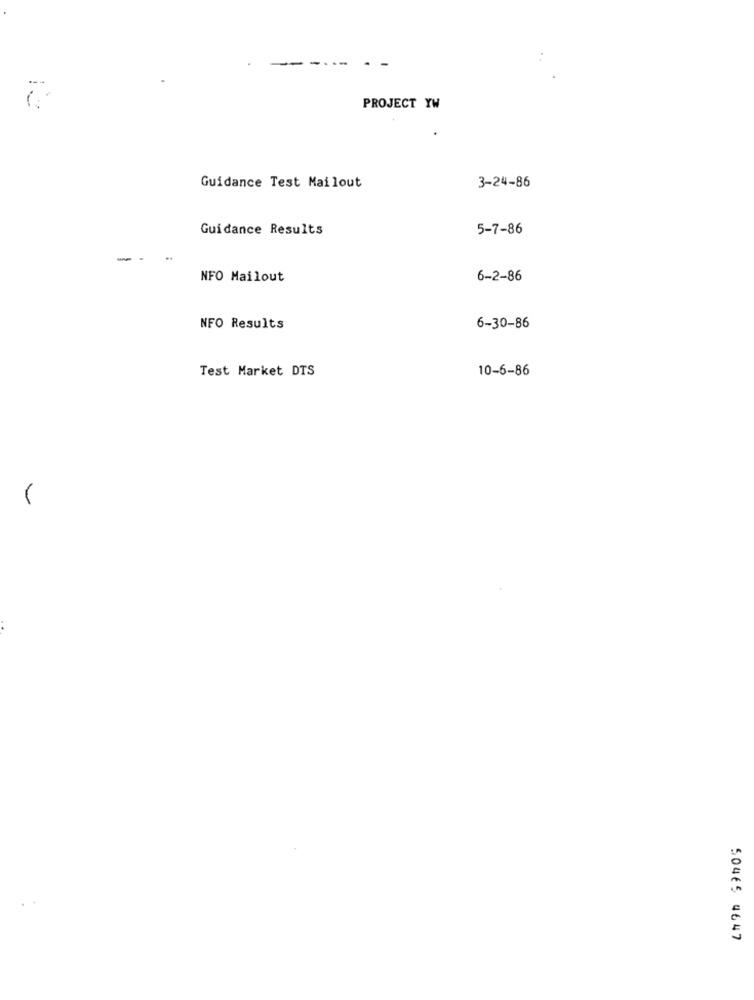
---
PROJECT YW
Guidance Test Mailout
3-24-86
Guidance Results
5-7-86
NFO Mailout
6-2-86
NFO Results
6-30-86
Test Market DTS
10-6-86
50465 4647